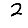
Digit: 2